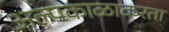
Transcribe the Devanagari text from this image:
अल्पकाळाकरता